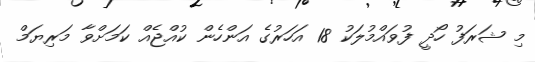
މި ޝަރަފު ހޯދީ ފުވައްމުލަކު 18 އަހަރުގެ އަންހެން ކުއްޖެއް ކަމަށްވާ މަރިޔަމް